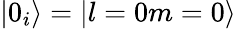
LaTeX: |0_{i}\rangle=|l=0m=0\rangle